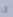
أنا